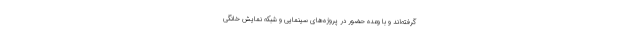
گرفته‌اند و با وعده حضور در پروژه‌های سینمایی و شبکه نمایش خانگی